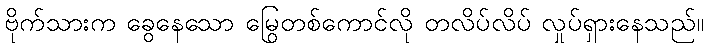
ဗိုက်သားက ခွေနေသော မြွေတစ်ကောင်လို တလိပ်လိပ် လှုပ်ရှားနေသည်။